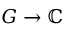
G \to \mathbb { C }